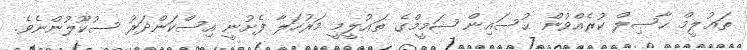
ތަޢުލީމް ޙާޞިލް ކުރެއްވުން ޙުސައިން ޝަމީމްގެ ތަޢުލީމީ މަރުހަލާ ފެށުނީ އިސްކަންދަރު ސުކޫލުންނެވެ.